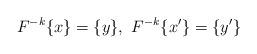
LaTeX: \begin{align*}F^{-k}\{x\}=\{y\},\,\,F^{-k}\{x'\}=\{y'\}\end{align*}